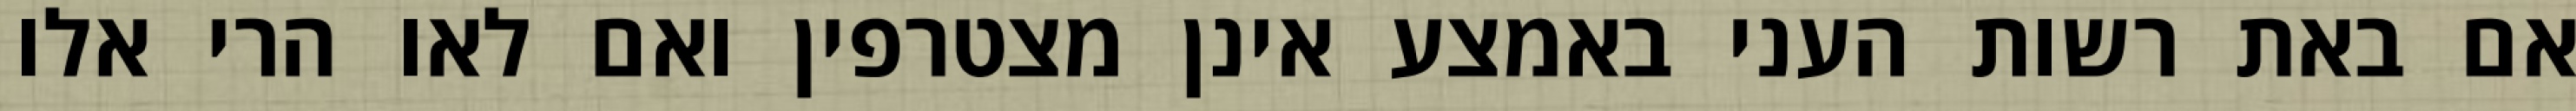
אם באת רשות העני באמצע אינן מצטרפין ואם לאו הרי אלו